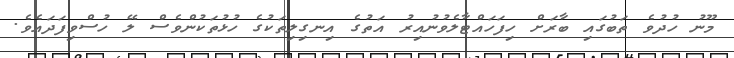
މޫނު ހުދުވެ ތަބުގައި ބާރަށް ހިފަހައްޓާލެވުނުއިރު އަތުގެ އިނގިލިތަކުގެ ހުޅުތަކުންވެސް ލޭ ހުސްވިފަދައެވެ.